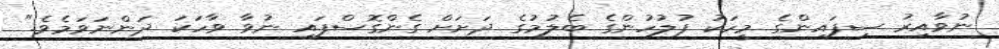
ނުވާއިރު ސިފައިންގެ މީހަކު ފުލުހުންގެ ބެލުމުގެ ދަށަށް ގެންގޮސްފައި ނުވާ ވާހަކަ ދަންނަވަމެވެ."